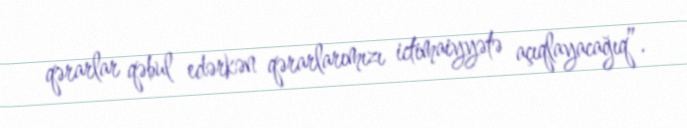
qərarlar qəbul edərkən qərarlarımızı ictimaiyyətə açıqlayacağıq”.